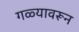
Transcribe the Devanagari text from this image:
गळ्यावरून